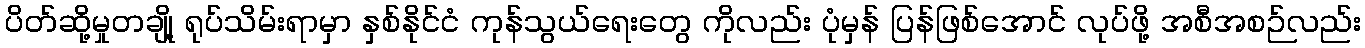
ပိတ်ဆို့မှုတချို့ ရုပ်သိမ်းရာမှာ နှစ်နိုင်ငံ ကုန်သွယ်ရေးတွေ ကိုလည်း ပုံမှန် ပြန်ဖြစ်အောင် လုပ်ဖို့ အစီအစဉ်လည်း